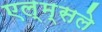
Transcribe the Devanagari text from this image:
एल्म्सले